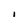
Character: 1